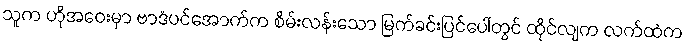
သူက ဟိုအဝေးမှာ ဗာဒံပင်အောက်က စိမ်းလန်းသော မြက်ခင်းပြင်ပေါ်တွင် ထိုင်လျက လက်ထဲက